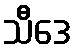
သီဒေ